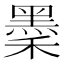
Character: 𪐺